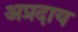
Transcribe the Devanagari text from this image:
अप्रदाय